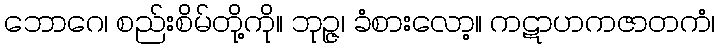
ဘောဂေ၊ စည်းစိမ်တို့ကို။ ဘုဉ္ဇ၊ ခံစားလော့။ ကဋာဟကဇာတကံ၊